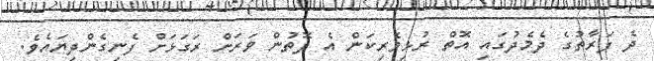
ދެ ފަރާތުގެ ދެމެދުގައި އޮތް ރުޅިވެރިކަން އެ ފޮތުން ވަރަށް ރަގަޅަށް ފެނިގެންދިޔައެވެ.